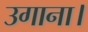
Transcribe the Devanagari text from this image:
उगाना।